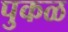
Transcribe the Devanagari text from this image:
पुकळ